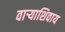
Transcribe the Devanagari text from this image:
वाऱ्याशिवाय